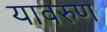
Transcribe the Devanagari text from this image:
यावरुण